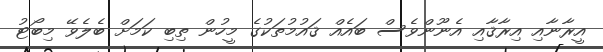
އީރާނާއި އިރާޤާއި އެނޫންވެސް ބައެއް ޤައުމުތަކުގެ މީހުން ތިބި ކަމަށް ބެލެވޭ މިބޯޓު